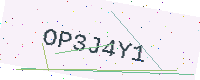
Text: OP3J4Y1